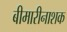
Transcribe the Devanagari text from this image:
बीमारीनाशक